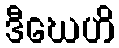
ဒီဃေဟိ